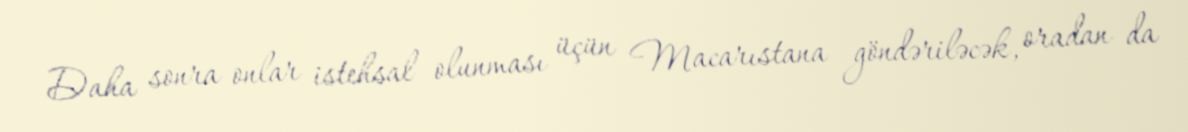
Daha sonra onlar istehsal olunması üçün Macarıstana göndəriləcək, oradan da